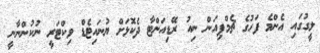
ލީގުގައި އެންމެ ފަހުގެ ޗެމްޕިއަން ނިއު ރޭޑިއަންޓާ ދެކޮޅަށް ޔުނައިޓެޑް ވިކްޓަރީ ނުކުންނާނީ